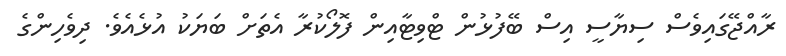
ރާއްޖޭގައިވެސް ސިޔާސީ އިސް ބޭފުޅުން ޓްވިޓާއިން ފޮލޯކުރާ އެތަށް ބަޔަކު އުޅެއެވެ. ދިވެހިންގެ